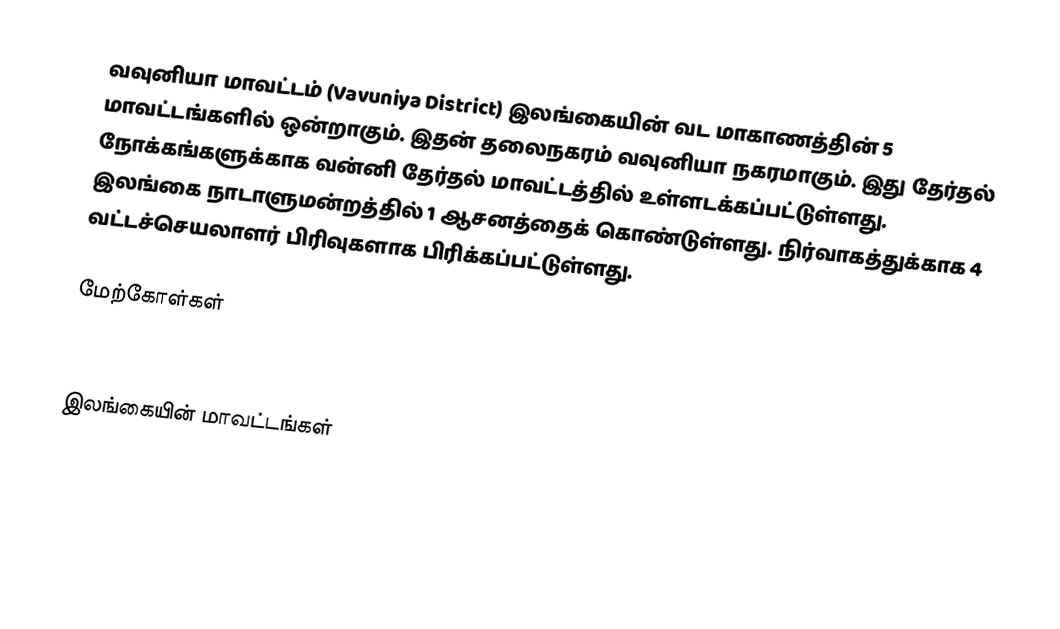
வவுனியா மாவட்டம் (Vavuniya District) இலங்கையின் வட மாகாணத்தின் 5 மாவட்டங்களில் ஒன்றாகும். இதன் தலைநகரம் வவுனியா நகரமாகும். இது தேர்தல் நோக்கங்களுக்காக வன்னி தேர்தல் மாவட்டத்தில் உள்ளடக்கப்பட்டுள்ளது. இலங்கை நாடாளுமன்றத்தில் 1 ஆசனத்தைக் கொண்டுள்ளது. நிர்வாகத்துக்காக 4 வட்டச்செயலாளர் பிரிவுகளாக பிரிக்கப்பட்டுள்ளது.

மேற்கோள்கள்

இலங்கையின் மாவட்டங்கள்